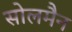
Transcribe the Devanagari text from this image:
सोलमैन